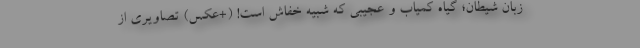
زبان شیطان؛ گیاه کمیاب و عجیبی که شبیه خفاش است! (+عکس) تصاویری از